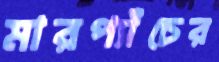
মারপ্যাঁচের